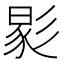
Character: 𢒧